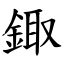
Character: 鋷